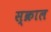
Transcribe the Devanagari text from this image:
स्क्राल